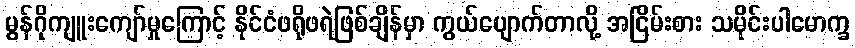
မွန်ဂိုကျူးကျော်မှုကြောင့် နိုင်ငံဖရိုဖရဲဖြစ်ချိန်မှာ ကွယ်ပျောက်တာလို့ အငြိမ်းစား သမိုင်းပါမောက္ခ